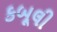
કબૂલી